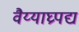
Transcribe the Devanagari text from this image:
वैय्याघ्रपद्य